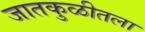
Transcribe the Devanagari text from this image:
जातकुळीतला